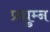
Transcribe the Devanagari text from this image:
प्रद्युम्‍न